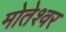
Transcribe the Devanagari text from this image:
मोतेश्वर